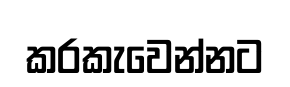
කරකැවෙන්නට